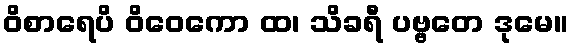
ဝိစာရေပိ ဝိဝေကော ထ၊ သိခရီ ပဗ္ဗတေ ဒုမေ။